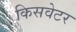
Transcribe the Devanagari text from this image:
किसवेटर